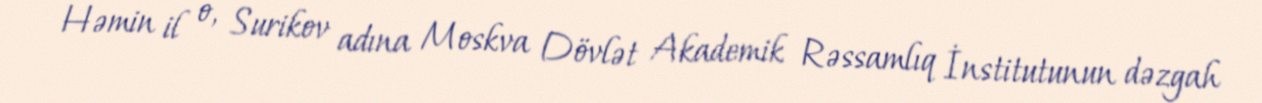
Həmin il o, Surikov adına Moskva Dövlət Akademik Rəssamlıq İnstitutunun dəzgah